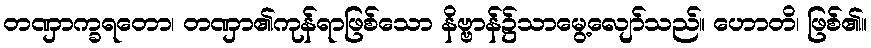
တဏှာက္ခရတော၊ တဏှာ၏ကုန်ရာဖြစ်သော နိဗ္ဗာန်၌သာမွေ့လျော်သည်။ ဟောတိ၊ ဖြစ်၏။